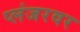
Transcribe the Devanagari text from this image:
प्लंजरवर